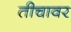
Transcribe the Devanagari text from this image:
तीचावर